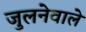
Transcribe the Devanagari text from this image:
जुलनेवाले